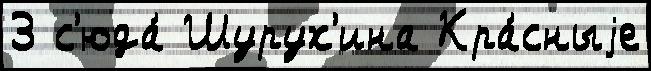
3 с'юда́ Шурух'ина Кра́сныjе